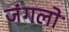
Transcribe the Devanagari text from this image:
जंगलोॱ